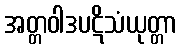
အတ္တဝါဒပဋိသံယုတ္တာ